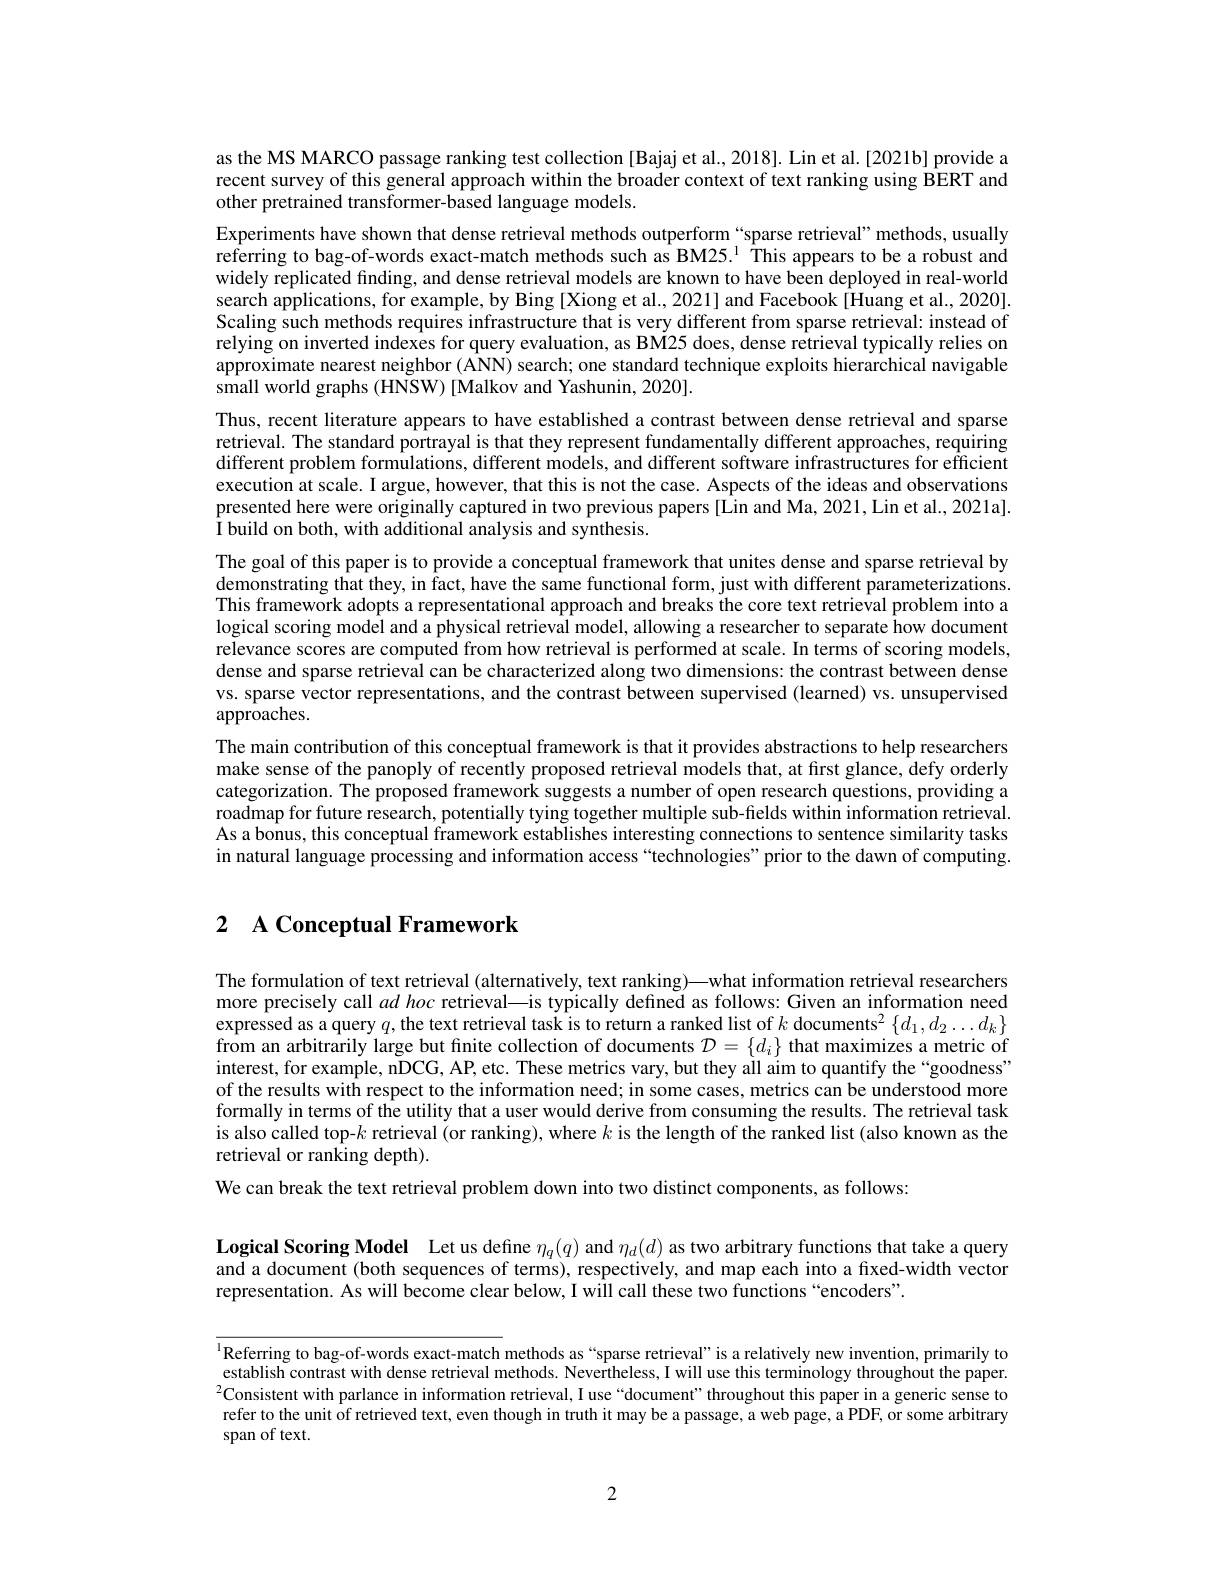
as the MS MARCO passage ranking test collection [Bajaj et al., 2018]. Lin et al.[2021b] provide a recent survey of this general approach within the broader context of text ranking using BERT and other pretrained transformer-based language models.

Experiments have shown that dense retrieval methods outperform “sparse retrieval” methods, usually referring to bag-of-words exact-match methods such as BM25.$^{1}$ This appears to be a robust and widely replicated finding, and dense retrieval models are known to have been deployed in real-world search applications, for example, by Bing [Xiong et al., 2021] and Facebook [Huang et al., 2020]. Scaling such methods requires infrastructure that is very different from sparse retrieval: instead of relying on inverted indexes for query evaluation, as BM25 does, dense retrieval typically relies on approximate nearest neighbor (ANN) search; one standard technique exploits hierarchical navigable small world graphs (HNSW) [Malkov and Yashunin, 2020].
Thus, recent literature appears to have established a contrast between dense retrieval and sparse retrieval. The standard portrayal is that they represent fundamentally different approaches, requiring different problem formulations, different models, and different software infrastructures for efficient execution at scale. I argue, however, that this is not the case. Aspects of the ideas and observations presented here were originally captured in two previous papers [Lin and Ma, 2021,Lin et al., 2021a]. I build on both, with additional analysis and synthesis.
The goal of this paper is to provide a conceptual framework that unites dense and sparse retrieval by demonstrating that they, in fact, have the same functional form, just with different parameterizations. This framework adopts a representational approach and breaks the core text retrieval problem into a logical scoring model and a physical retrieval model, allowing a researcher to separate how document relevance scores are computed from how retrieval is performed at scale. In terms of scoring models, dense and sparse retrieval can be characterized along two dimensions: the contrast between dense vs. sparse vector representations, and the contrast between supervised (learned) vs. unsupervised $\tilde{\mathrm{approaches.}}$
The main contribution of this conceptual framework is that it provides abstractions to help researchers make sense of the panoply of recently proposed retrieval models that, at first glance, defy orderly categorization. The proposed framework suggests a number of open research questions, providing a roadmap for future research, potentially tying together multiple sub-fields within information retrieval As a bonus, this conceptual framework establishes interesting connections to sentence similarity tasks in natural language processing and information access “technologies”prior to the dawn of computing.

# 2 A Conceptual Framework

The formulation of text retrieval (alternatively, text ranking)—what information retrieval researchers more precisely call $ad\textit{hoc retrieval— is typically defined as follows: Given an information need}$ expressed as a query $q$,the text retrieval task is to return a ranked list of $k$ documents$^2\left\{d_1,d_2\ldots d_k\right\}$ from an arbitrarily large but finite collection of documents $\mathcal{D}=\{d_i\}$ that maximizes a metric of interest, for example, nDCG, AP, etc. These metrics vary, but they all aim to quantify the “goodness” of the results with respect to the information need; in some cases, metrics can be understood more formally in terms of the utility that a user would derive from consuming the results. The retrieval task is also called top-$k$ retrieval (or ranking), where $k$ is the length of the ranked list (also known as the retrieval or ranking depth).

We can break the text retrieval problem down into two distinct components, as follows:

Logical Scoring Model Let us define $\eta_q(q)$ and $\eta_d(d)$ as two arbitrary functions that take a query and a document (both sequences of terms), respectively, and map each into a fixed-width vector representation. As will become clear below, I will call these two functions “encoders”.

Referring to bag-of-words exact-match methods as“sparse retrieval”is a relatively new invention, primarily to establish contrast with dense retrieval methods. Nevertheless, I will use this terminology throughout the paper. $^{2}$Consistent with parlance in information retrieval, I use“document”throughout this paper in a generic sense to refer to the unit of retrieved text, even though in truth it may be a passage, a web page, a PDF, or some arbitrary span of text.

2